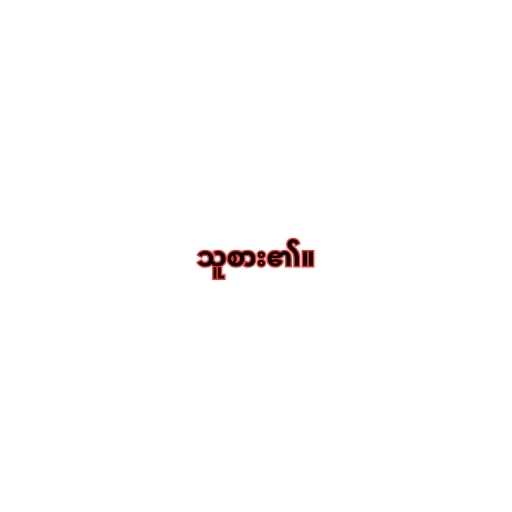
သူစား၏။